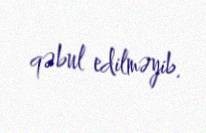
qəbul edilməyib.